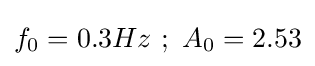
f_{0}=0.3Hz~;~A_{0}=2.53